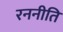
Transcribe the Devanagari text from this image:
रननीति